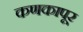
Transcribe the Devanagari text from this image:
कणकापूर